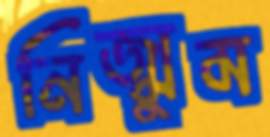
নিজ্ঝুম